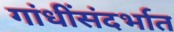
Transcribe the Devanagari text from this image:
गांधींसंदर्भात